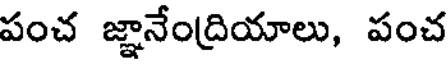
పంచ జ్ఞానేంద్రియాలు, పంచ